Document type: Emphyteutic lease
Year: 1281
Scribe: Pere Marquès
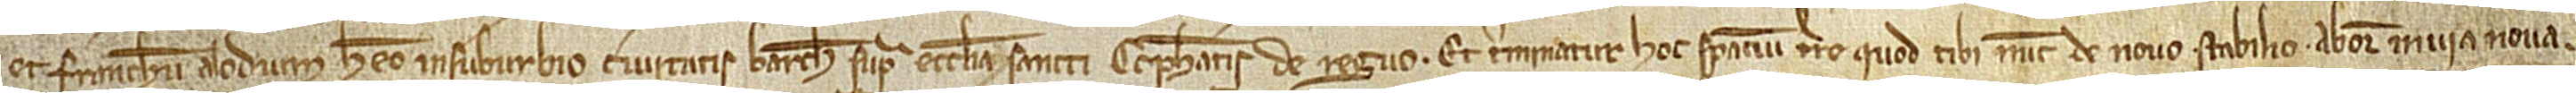
et franchum alodium habeo in suburbio civitatis Barchinone, supra ecclesiam Sancti Cucuphatis de Reguo. Et terminatur hoc spacium terre quod tibi nunc de novo stabilio ab oriente in via nova;